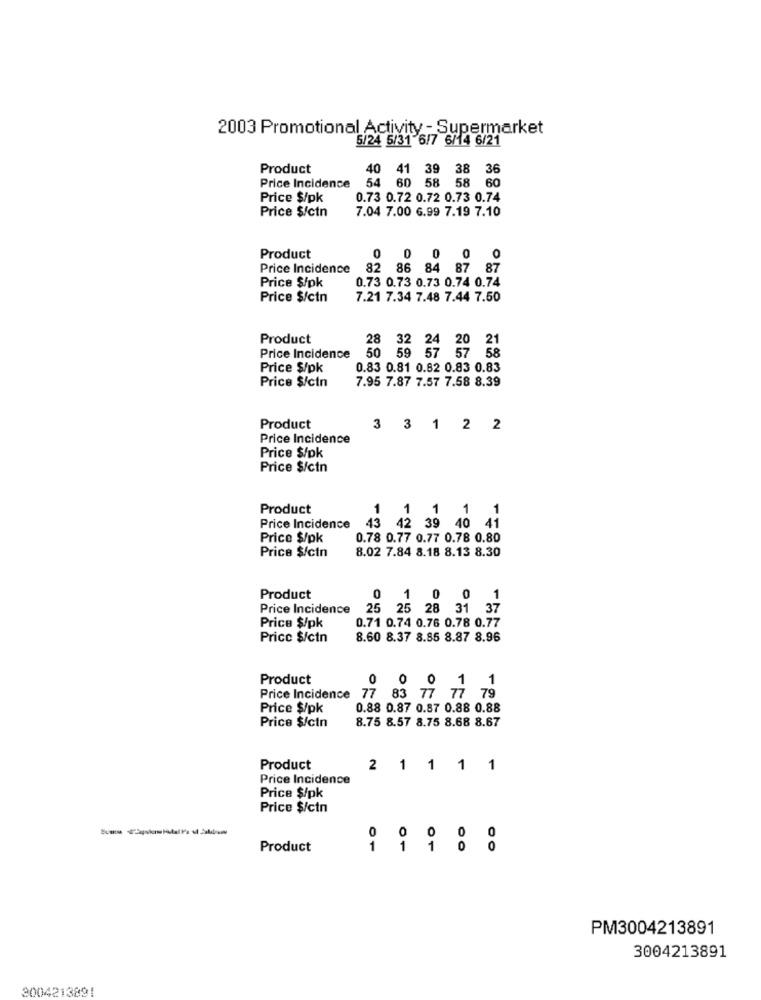
2003 Promotional Activity - Supermarket
5/24 5/31 6/7 6/14 6/21
Product
40 41 39 38 36
Price Incidence
54 60 58 58 60
Price $/pk
0.73 0.72 0.72 0.73 0.74
Price $/ctn
7.04 7.00 6.99 7.19 7.10
Product
0 0 0 0
Price Incidence
82 86 84 87 87
Price $/pk
0.73 0.73 0.73 0.74 0.74
Price $/ctn
7.21 7.34 7.48 7.44 7.50
Product
28 32 24 20 21
Price Incidence
50 59 57 57 58
Price $/pk
0.83 0.81 0.82 0.83 0.83
Price $/ctn
7.95 7.87 7.57 7.58 8.39
Product
3 3 1 2 2
Price Incidence
Price $/pk
Price $/ctn
Product
1
1 1 1 1
Price Incidence
43 42 39 40 41
Price $/pk
0.78 0.77 0.77 0.78 0.80
Price $/ctn
8.02 7.84 8.18 8.13 8.30
Product
0
1 0 0
1
Price Incidence
25 25 28 31 37
0.71 0.74 0.76 0.78 0.77
Price $/pk
Pricc $/ctn
8.60 8.37 8.85 8.87 8.96
Product
Price Incidence 77 83 77 77 79
0 0 0 11
Price $/pk
0.88 0.87 0.87 0.88 0.88
8.75 8.57 8.75 8.68 8.67
Price $/ctn
Product
2 1 1 1 1
Price Incidence
Price $/pk
Price $/ctn
Product
1
01
01
00
PM3004213891
3004213891
3004213891